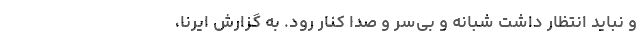
و نباید انتظار داشت شبانه و بی‌سر و صدا کنار رود. به گزارش ایرنا،